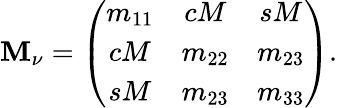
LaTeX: \mathbf{M}_{\nu}=\left(\begin{array}{ccc}{{m_{11}}}&{{cM}}&{{sM}}\\ {{cM}}&{{m_{22}}}&{{m_{23}}}\\ {{sM}}&{{m_{23}}}&{{m_{33}}}\end{array}\right).